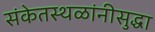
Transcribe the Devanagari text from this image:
संकेतस्थळांनीसुद्धा